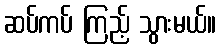
ဆပ်ကပ် ကြည့် သွားမယ်။